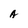
Character: A